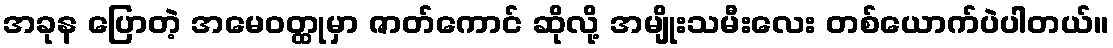
အခုန ပြောတဲ့ အမေဝတ္ထုမှာ ဇာတ်ကောင် ဆိုလို့ အမျိုးသမီးလေး တစ်ယောက်ပဲပါတယ်။